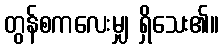
တွန်စကလေးမျှ ရှိသေး၏။